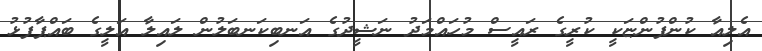
އެލިއާ ކުންފުންޏަކީ ކުރީގެ ރައީސް މުހައްމަދު ނަޝީދުގެ އަނބިކަނބަލުން ލައިލާ އަލީގެ ބައްޕާފުޅު